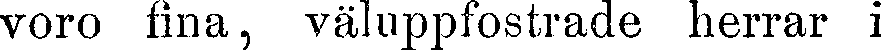
voro fina, väluppfostrade herrar i